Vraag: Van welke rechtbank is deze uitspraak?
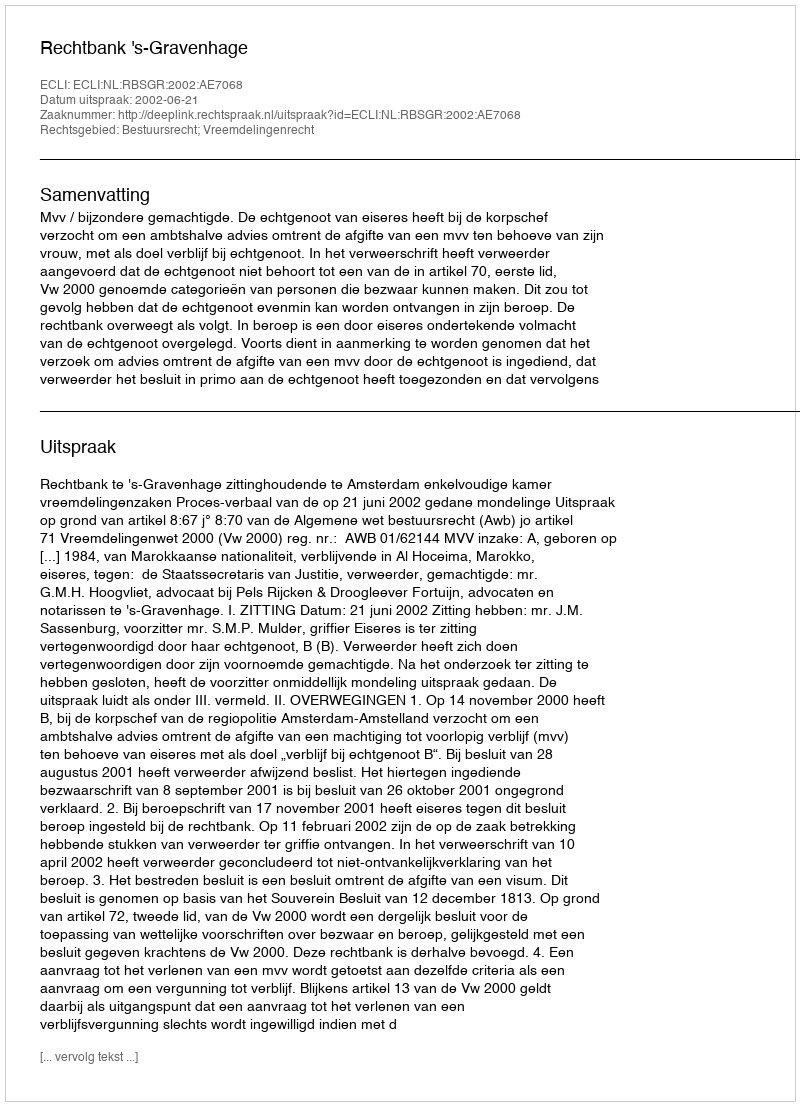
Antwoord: Rechtbank 's-Gravenhage